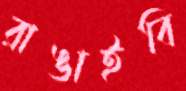
রাঙাইবি